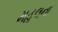
મહલના